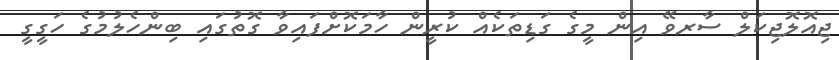
ޖިއޮލޮޖިކަލް ސާރވޭ އިން މީގެ ގަޑިތަކެއް ކުރީން ހާމަކޮށްފައިވާ ގޮތުގައި ބިންހެލުމުގެ ހަގީގީ